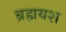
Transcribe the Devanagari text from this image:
ब्रह्मयश